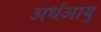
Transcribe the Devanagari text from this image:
अर्धआयु